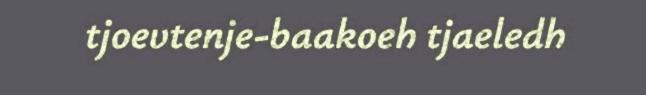
tjoevtenje-baakoeh tjaeledh